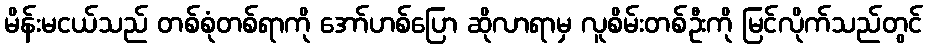
မိန်းမငယ်သည် တစ်စုံတစ်ရာကို အော်ဟစ်ပြော ဆိုလာရာမှ လူစိမ်းတစ်ဦးကို မြင်လိုက်သည်တွင်